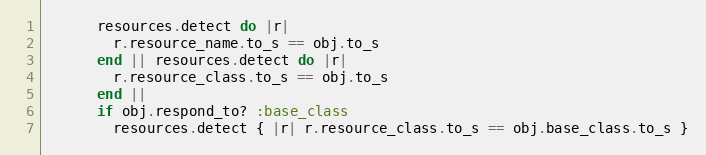
Language: Ruby
      resources.detect do |r|
        r.resource_name.to_s == obj.to_s
      end || resources.detect do |r|
        r.resource_class.to_s == obj.to_s
      end ||
      if obj.respond_to? :base_class
        resources.detect { |r| r.resource_class.to_s == obj.base_class.to_s }